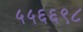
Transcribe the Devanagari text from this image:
५५६६९८